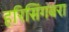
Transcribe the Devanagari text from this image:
हरिसिंगबरा